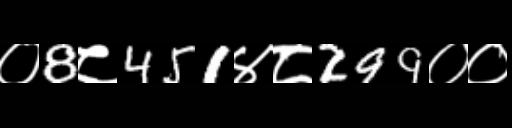
Text: ०8८451४८299००